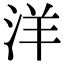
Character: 洋